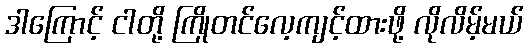
ဒါကြောင့် ငါတို့ ကြိုတင်လေ့ကျင့်ထားဖို့ လိုလိမ့်မယ်